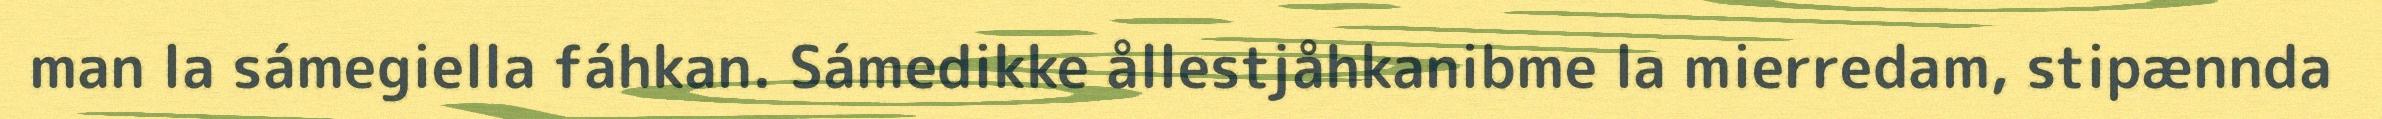
man la sámegiella fáhkan. Sámedikke ållestjåhkanibme la mierredam, stipænnda